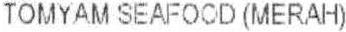
TOMYAM SEAFOOD (MERAH)